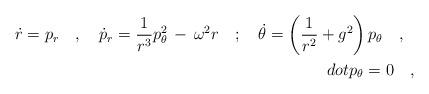
LaTeX: \begin{align*}\dot{r}=p_r\ \ \ ,\ \ \ \dot{p}_r=\frac{1}{r^3}p^2_\theta\,-\,\omega^2r\ \ \ ;\ \ \ \dot{\theta}=\left(\frac{1}{r^2}+g^2\right)p_\theta\ \ \ ,\ \ \\dot{p}_\theta=0\ \ \ ,\end{align*}